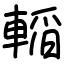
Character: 轁